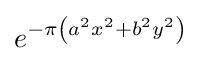
e^{-\pi \left(a^{2}x^{2}+b^{2}y^{2}\right)}